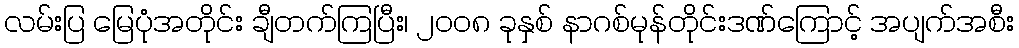
လမ်းပြ မြေပုံအတိုင်း ချီတက်ကြပြီး၊ ၂ဝဝ၈ ခုနှစ် နာဂစ်မုန်တိုင်းဒဏ်ကြောင့် အပျက်အစီး